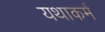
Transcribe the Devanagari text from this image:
यथाकर्म